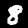
Label: 8